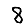
Digit: 8